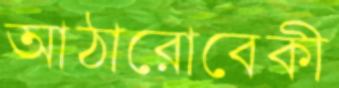
আঠারোবেকী